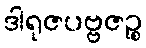
ဒါရုဇပဗ္ဗဇဉ္စ